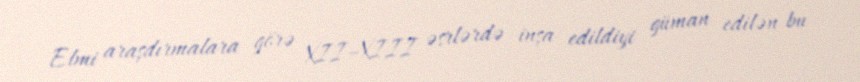
Elmi araşdırmalara görə XII–XIII əsrlərdə inşa edildiyi güman edilən bu